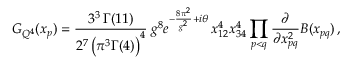
G _ { { \cal Q } ^ { 4 } } ( x _ { p } ) = \frac { 3 ^ { 3 } \, \Gamma ( 1 1 ) } { 2 ^ { 7 } \left( \pi ^ { 3 } \Gamma ( 4 ) \right) ^ { 4 } } \: g ^ { 8 } e ^ { - \frac { 8 \pi ^ { 2 } } { g ^ { 2 } } + i \theta } \, x _ { 1 2 } ^ { 4 } x _ { 3 4 } ^ { 4 } \prod _ { p < q } \frac { \partial } { \partial x _ { p q } ^ { 2 } } B ( x _ { p q } ) \, ,